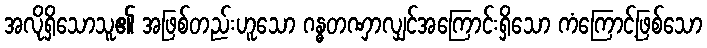
အလိုရှိသောသူ၏ အဖြစ်တည်းဟူသော ဂန္ဓတဏှာလျှင်အကြောင်းရှိသော ကံကြောင့်ဖြစ်သော